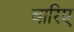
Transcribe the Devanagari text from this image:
वारिए